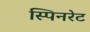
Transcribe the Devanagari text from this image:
स्पिनरेट